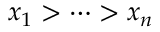
x _ { 1 } > \cdots > x _ { n }